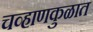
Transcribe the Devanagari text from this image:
चव्हाणकुळात